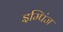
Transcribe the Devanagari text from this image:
इम्पिंज